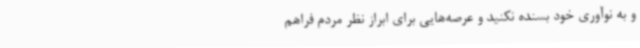
و به نوآوری خود بسنده نکنید و عرصه‌هایی برای ابراز نظر مردم فراهم